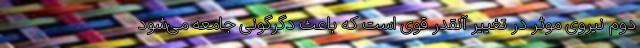
دوم نیروی موثر در تغییر آنقدر قوی است که باعث دگرگونی جامعه می‌شود